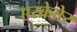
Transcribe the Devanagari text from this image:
एस्क्रेवेर